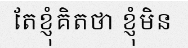
តែខ្ញុំគិតថា ខ្ញុំមិន